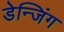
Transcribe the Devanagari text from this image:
डेन्जिंग